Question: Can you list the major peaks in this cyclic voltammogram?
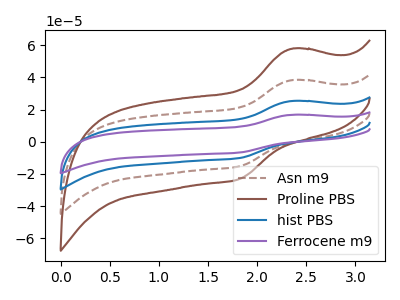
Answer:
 <answer>The brown dashed curve "Asn m9" has an anodic peak at (2.35V, 38.25uA) and a cathodic peak at (1.80V, -15.25uA). The brown curve "Proline PBS" has an anodic peak at (2.35V, 57.80uA) and a cathodic peak at (1.80V, -23.05uA). The blue curve "hist PBS" has an anodic peak at (2.35V, 76.50uA) and a cathodic peak at (1.80V, -30.55uA). The purple curve "Ferrocene m9" has an anodic peak at (2.35V, 114.75uA) and a cathodic peak at (1.80V, -45.80uA).</answer>
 <eval></eval>